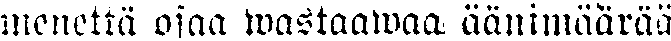
menettä osaa wastaawaa äänimäärää